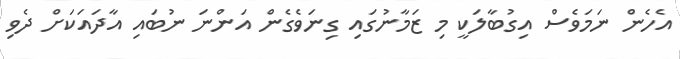
އެހެން ނަމަވެސް އިގުބާލަކީ މި ޒަމާނުގައި ގިނަވެގެން އަންނަ ނުބައި އާދައަކަށް ދެވި